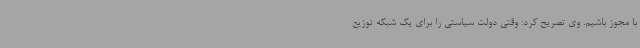
با مجوز باشیم. وی تصریح کرد: وقتی دولت سیاستی را برای یک شبکه توزیع